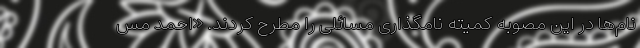
نام‌ها در این مصوبه کمیته نامگذاری مسائلی را مطرح کردند. «احمد مس